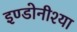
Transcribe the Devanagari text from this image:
इण्डोनीश्या